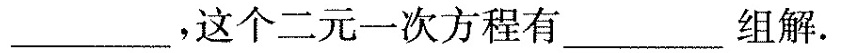
___，这个二元一次方程有____组解。